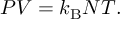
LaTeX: P V = k _ { \mathrm { { B } } } N T .